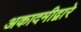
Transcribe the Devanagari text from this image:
अकादमीद्वारे